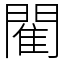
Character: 閵